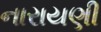
નારાયણી